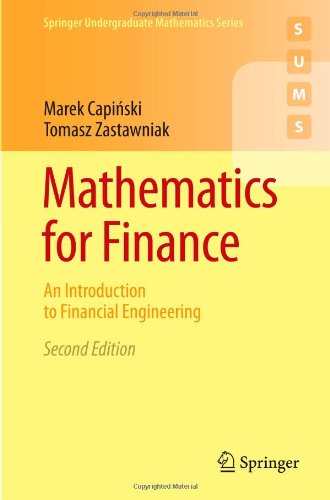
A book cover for Mathematics for Finance: An Introduction to Financial Engineering (Springer Undergraduate Mathematics Series); Marek Capinski; Science & Math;